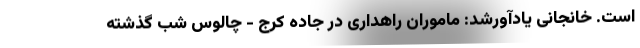
است. خانجانی یادآورشد: ماموران راهداری در جاده کرج - چالوس شب گذشته